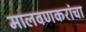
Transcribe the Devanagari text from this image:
मालवणकरांचा